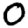
Digit: 0